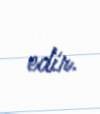
edir.